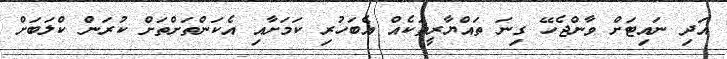
އަދި ނައިޓަށް ވާންޖެހޭ ގިނަ ތައްޔާރީތަކެއް އެބަހުރި ކަމަށާއި އެކަންތަށްތަށް ކުރަން ކްލަބަށް